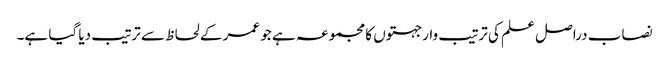
نصاب دراصل علم کی ترتیب وار جہتوں کا مجموعہ ہے جو عمر کے لحاظ سے ترتیب دیا گیا ہے۔